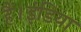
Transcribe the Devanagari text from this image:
हैं।इंडिया